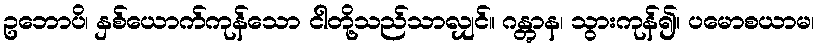
ဥဘောပိ၊ နှစ်ယောက်ကုန်သော ငါတို့သည်သာလျှင်။ ဂန္တွာန၊ သွားကုန်၍။ ပမောစယာမ၊